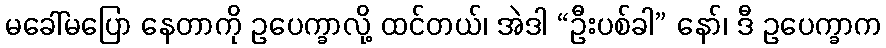
မခေါ်မပြော နေတာကို ဥပေက္ခာလို့ ထင်တယ်၊ အဲဒါ “ဦးပစ်ခါ” နော်၊ ဒီ ဥပေက္ခာက